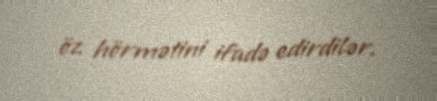
öz hörmətini ifadə edirdilər.